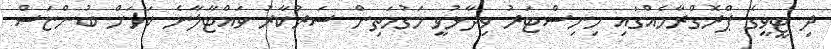
ދި ޓީވީގެ ޕްރޮގްރާމެއްގައި މިނިސްޓަރު ވިދާޅުވީ މަގުމަތިން ސަރުކާރު ވައްޓާލާނެ ކަމަށް ބުންޏަސް